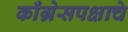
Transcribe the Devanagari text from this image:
काँग्रेसपक्षाचे